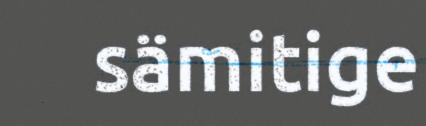
sämitige